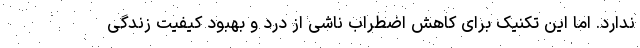
ندارد. اما این تکنیک برای کاهش اضطراب ناشی از درد و بهبود کیفیت زندگی